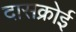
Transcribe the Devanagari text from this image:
दासक्रोई